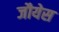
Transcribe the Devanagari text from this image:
जौयेस